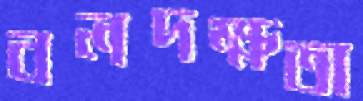
বলদক্ষতা